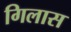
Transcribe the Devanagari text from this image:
गिलास